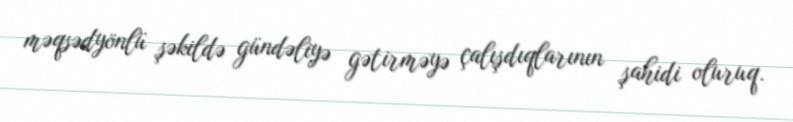
məqsədyönlü şəkildə gündəliyə gətirməyə çalışdıqlarının şahidi oluruq.